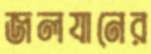
জলযানের